Insane asylums in Bengal annual reports 1867-1875 - 1867-1875
Year: 1867
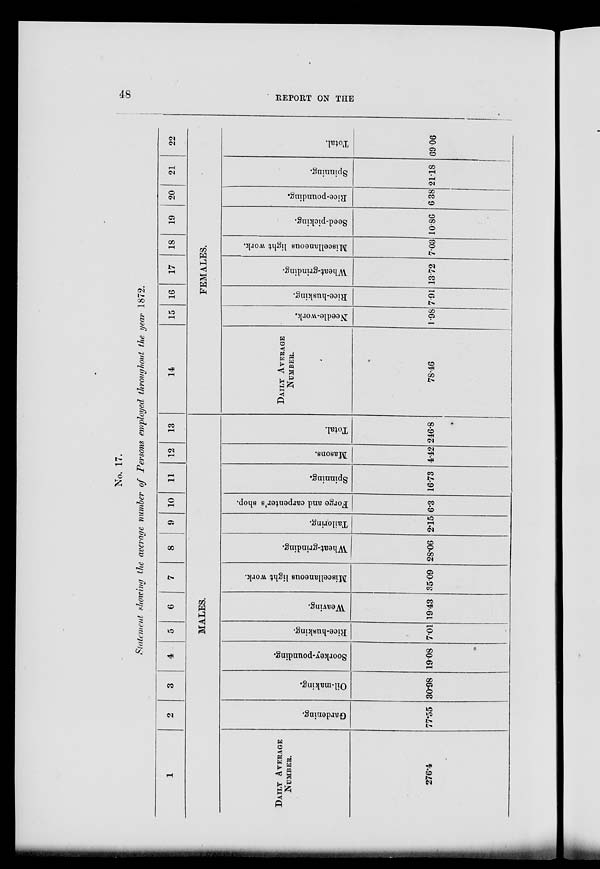
48
REPORT ON THE
No. 17.
Statement showing the average number of Persons employed throughout the year 1872.
1
2
3
4
5
6
7
8
9 10
11
12
13
MALES.
DAILY AVERAGE
NUMBER.
276.4
Gardening.
77.55
Oil-making.
30.98
Soorkey-pounding.
19.08
Rice-husking.
7.1
Weaving.
19.43
Miscellaneous light work.
35.09
Wheat-grinding.
28.06
Tailoring.
2.15
Forge and carpenter's shop.
6.3
Spinning.
16.73
Masons.
4.42
Total.
246.8
14
15 16
17
18
19
20
21
22
FEMALES.
DAILY AVERAGE
NUMBER.
78.46
Needle-work.
1.98
Rice-husking.
7.91
Wheat-grinding.
13.72
Miscellaneous light work.
7.03
Seed-picking.
10.86
Rice-pounding.
6.38
Spinning.
21.18
Total.
69.06